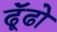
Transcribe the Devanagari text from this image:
ढॅूढो